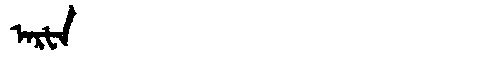
Manchu: ᠠᡵᡶᠠ
Romanization: ARFA